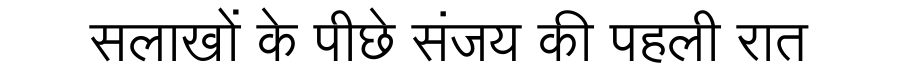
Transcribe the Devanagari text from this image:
सलाखों के पीछे संजय की पहली रात